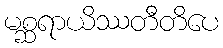
မစ္ဆရာယိဿတီတိပေ